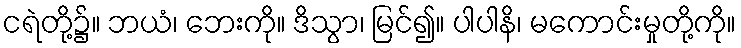
ငရဲတို့၌။ ဘယံ၊ ဘေးကို။ ဒိသွာ၊ မြင်၍။ ပါပါနိ၊ မကောင်းမှုတို့ကို။